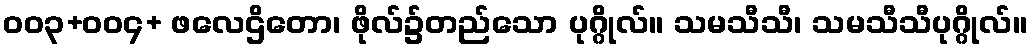
ဝဝ၃+ဝဝ၄+ ဖလေဌိတော၊ ဖိုလ်၌တည်သော ပုဂ္ဂိုလ်။ သမသီသီ၊ သမသီသီပုဂ္ဂိုလ်။